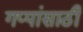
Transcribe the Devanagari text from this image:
गप्पांसाठी